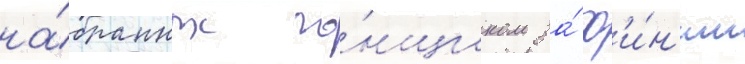
на́бранных го́нщиком за́ ф'и́н'иш